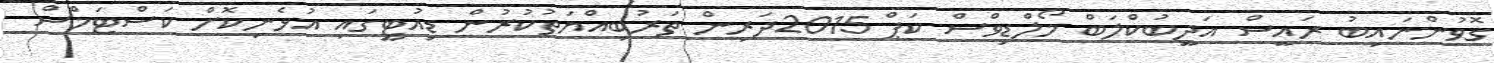
ގޮވުންނައިބު ރައީސް އަދީބުކްލަބް މޯލްޑިވްސް ކަޕް 2015ދަރިން ތަރުބިއްޔަތުކުރުން ޑިއުޓީގައި އުޅެނިކޮށް ކަސްޓަމްސް